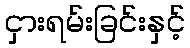
ငှားရမ်းခြင်းနှင့်